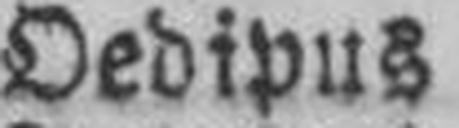
Oedipus